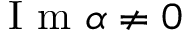
\mathrm { ~ I ~ m ~ } \alpha \neq 0